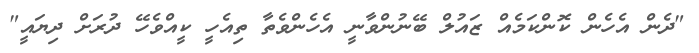
"ދެން އެހެން ކޮންކަމެއް ޒައުލް ބޭނުންވާނީ އެހެންވެތާ ތިއެހީ ކީއްވެހޭ ދުރަށް ދިޔައީ"